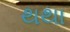
થથા